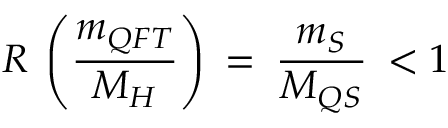
{ \cal R } \: \left( \frac { m _ { Q F T } } { M _ { H } } \right) \: = \: \frac { m _ { S } } { M _ { Q S } } \: < 1